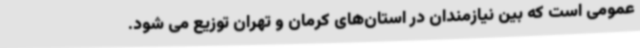
عمومی است که بین نیازمندان در استان‌های کرمان و تهران توزیع می شود.